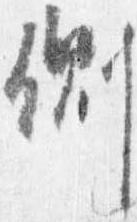
側